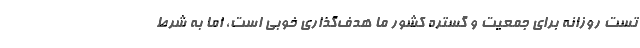
تست روزانه برای جمعیت و گستره کشور ما هدف‌گذاری خوبی است، اما به شرط